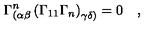
\Gamma _ { ( \alpha \beta } ^ { n } \left( \Gamma _ { 1 1 } \Gamma _ { n } \right) _ { \gamma \delta ) } = 0 \quad ,